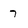
Character: 7